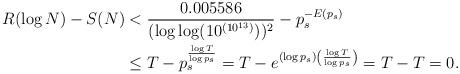
LaTeX: \begin{align*}R(\log N)-S(N)&<\frac{0.005586}{(\log \log (10^{(10^{13})}))^2}-p_s^{-E(p_s )}\\&\leq T-p_s^{\frac{\log T}{\log p_s}}=T-e^{(\log p_s)\left(\frac{\log T}{\log p_s}\right)}=T-T=0.\end{align*}